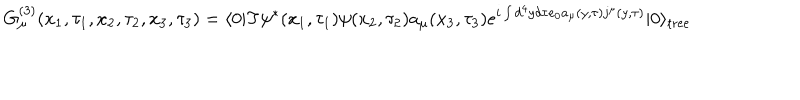
G _ { \mu } ^ { ( 3 ) } ( x _ { 1 } , \tau _ { 1 } , x _ { 2 } , \tau _ { 2 } , x _ { 3 } , \tau _ { 3 } ) = \langle 0 | \mathrm { T } \psi ^ { * } ( x _ { 1 } , \tau _ { 1 } ) \psi ( x _ { 2 } , \tau _ { 2 } ) a _ { \mu } ( x _ { 3 } , \tau _ { 3 } ) e ^ { i \int d ^ { 4 } y d \tau e _ { 0 } a _ { \mu } ( y , \tau ) j ^ { \mu } ( y , \tau ) } | 0 \rangle _ { \mathrm { t r e e } }